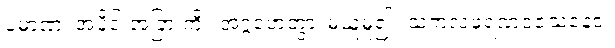
ပမာဏံ၊ အပိုင်းအခြားကို။ အဂ္ဂဟေတွာ၊ မယူမူ၍။ သကလဖရဏဝသေနေဝ၊